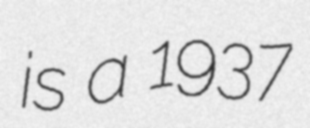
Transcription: is a 1937